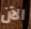
الآن